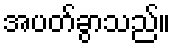
အပတ်ခွာသည်။